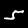
Label: 5